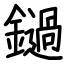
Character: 鐹